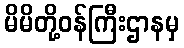
မိမိတို့ဝန်ကြီးဌာနမှ